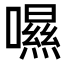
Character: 𡀾